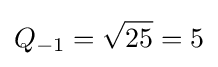
Q_{-1}={\sqrt {25}}=5